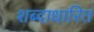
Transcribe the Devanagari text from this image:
शब्दाधारित